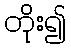
တိုး၍